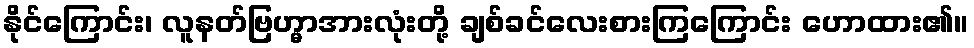
နိုင်ကြောင်း၊ လူနတ်ဗြဟ္မာအားလုံးတို့ ချစ်ခင်လေးစားကြကြောင်း ဟောထား၏။